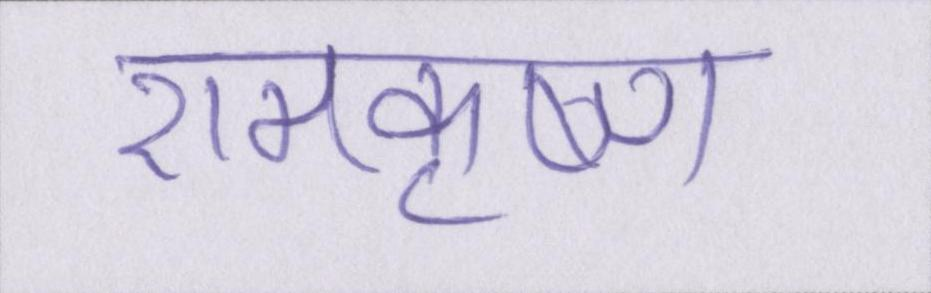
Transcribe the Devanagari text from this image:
रामकृष्ण